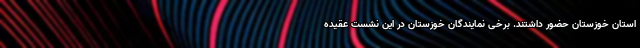
استان خوزستان حضور داشتند. برخی نمایندگان خوزستان در این نشست عقیده